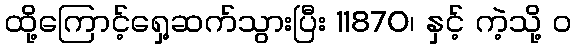
ထို့ကြောင့်ရှေ့ဆက်သွားပြီး 11870၊ နှင့် ကဲ့သို့ ၀